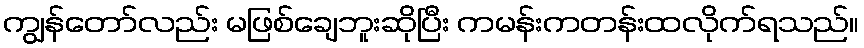
ကျွန်တော်လည်း မဖြစ်ချေဘူးဆိုပြီး ကမန်းကတန်းထလိုက်ရသည်။